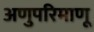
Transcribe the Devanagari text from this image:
अणुपरिमाणू